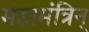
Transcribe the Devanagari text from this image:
महामंत्रिन्‌